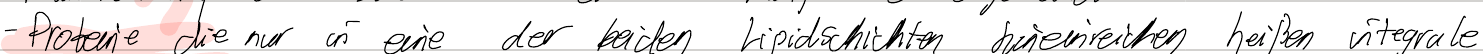
- Proteine die nur in eine der beiden Lipidschichten hineinreichen heißen integrale